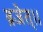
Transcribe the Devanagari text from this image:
ब्रजेत्।।